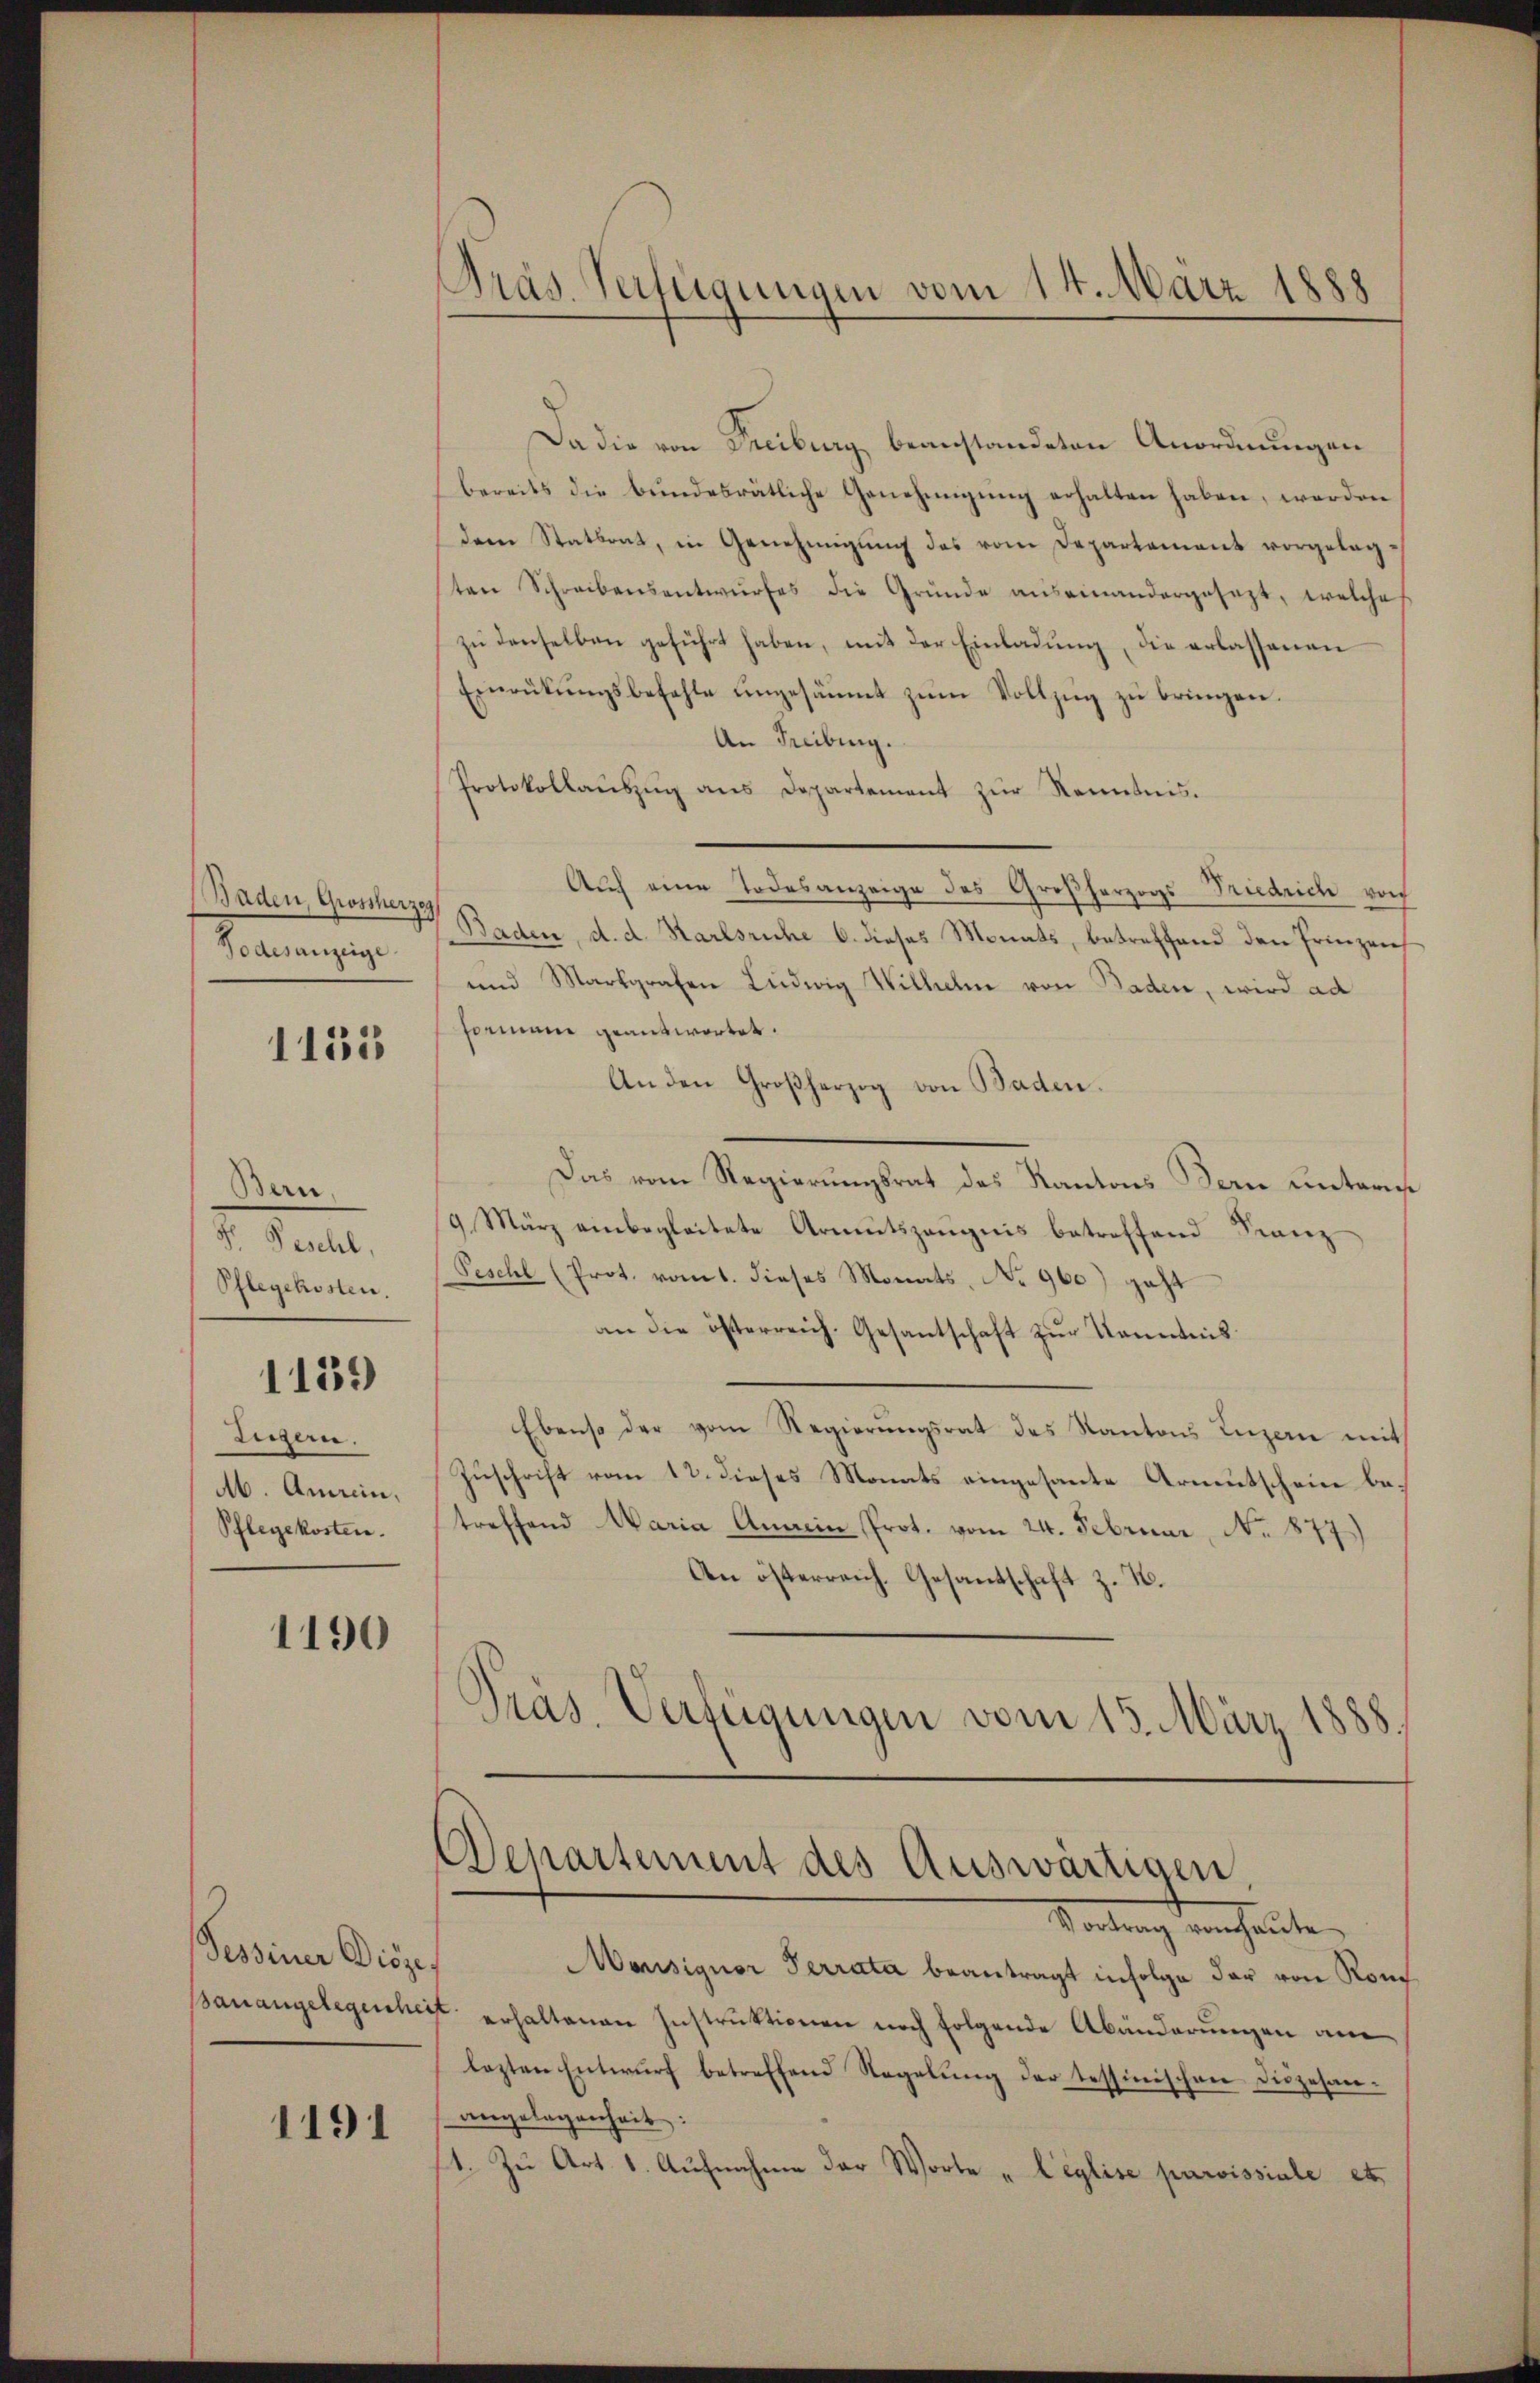
Baden, Grossherzog
Todesanzeige

1135

Bern,
H. Geschl,
Pflegekosten.
1159
Zigern.
Ab. Anrein,
Pflegekosten.

1190

Tessiner Diöze

1191

Präs. Verfügungen vom 14. März 1888

Da die von Freiburg beanstandeten Anordnungen
bereits die bŭndesrätliche Genehmigŭng erhalten haben, werden
dem Stattrat, in Genehmigŭng des vom Departement vorgelegten Schreibensantwurfes die Gründe auseinandergesezt, welche
zŭ denselben geführt haben, mit der Einladung, die erlassenen
Einrükŭngsbefehle engesäumt zŭm Vollzŭg zŭ bringen.
An Freibung.
Protokollaŭszŭg ans Departement zŭr Kenntnis.
Auch eine Todesanzeige des Großherzogs Friedrich von
Baden, d. d. Karlsruhe 6. dieses Monats, betreffend den Frinzen
und Markgrafen Ludwig Wilhelm von Baden, wird ad
formann geantwortet.
Anden Großherzog von Baden.
Das vom Regierungsrat des Kantons Bern unters
9 März einbegleitete Armutszeugnis betreffend Franz
Peschl (Prot. vom 1. dieses Monats, No 960) geht
an die österreich. Gesantschaft zur Kenntnis
Ebenso der vom Regierungsrat des Kantons Luzern mit
Zuschrift vom 12. dieses Monats eingesante Armutschein betreffend Maria Amrein Prot. vom 24. Februar, No. 877)
An österreich. Gesantschaft z. B.
Präs. Verfügungen vom 15. März 1888.
Departement des Auswärtigen
Vortrag verheute.
Mansignor Terrata beantragt infolge der von Ronc
Banangelegenheit erhaltenen Instruktionen noch folgende Abänderungen am
lezten Entwŭrf betreffend Regelŭng der tessinischen Diszesanangelegenheit:
1. Zu Art. 1. Aŭfnahme der Worte „leglise parvissiale et